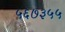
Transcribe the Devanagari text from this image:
५६७३५५